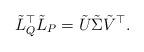
LaTeX: \begin{align*} \tilde{L}_Q^\top \tilde{L}_P = \tilde{U} \tilde{\Sigma} \tilde{V}^\top .\end{align*}